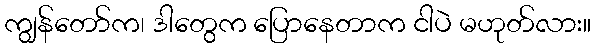
ကျွန်တော်က၊ ဒါတွေက ပြောနေတာက ငါပဲ မဟုတ်လား။